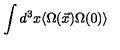
\int d ^ { 3 } x \langle \Omega ( \vec { x } ) \Omega ( 0 ) \rangle